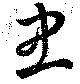
忠